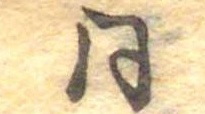
同